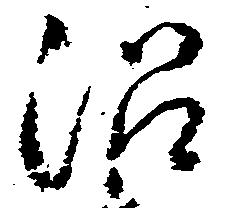
沼